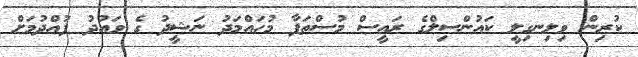
ކުރިން ވިލިނގިލީ ކައުންސިލްގެ ރައީސް މުސްތަފާ މުހައްމަދު ނަޝީދު ގެ ވައުދު ފުއްދުމަށް